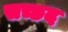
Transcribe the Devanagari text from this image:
सच्छद